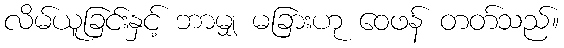
လိမ်ယူခြင်းနှင့် ဘာမျှ မခြားဟု ဝေဖန် တတ်သည်။